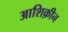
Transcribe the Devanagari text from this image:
आशिक़ीन